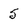
Character: 5